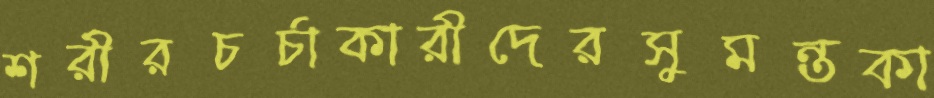
শরীরচর্চাকারীদেরসুমন্তকা